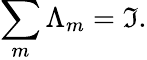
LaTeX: \sum_{m}\Lambda_{m}=\mathfrak{I}.